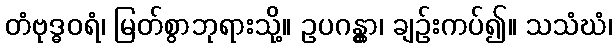
တံဗုဒ္ဓဝရံ၊ မြတ်စွာဘုရားသို့။ ဥပဂန္တွာ၊ ချဉ်းကပ်၍။ သသံဃံ၊